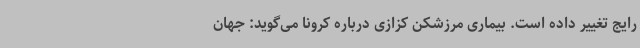
رایج تغییر داده است. بیماری مرزشکن کزازی درباره کرونا می‌گوید: جهان